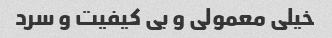
خیلی معمولی و بی کیفیت و سرد